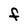
Character: F